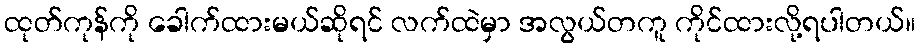
ထုတ်ကုန်ကို ခေါက်ထားမယ်ဆိုရင် လက်ထဲမှာ အလွယ်တကူ ကိုင်ထားလို့ရပါတယ်။